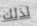
لذلك